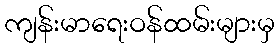
ကျန်းမာရေးဝန်ထမ်းများမှ